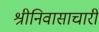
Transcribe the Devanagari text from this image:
श्रीनिवासाचारी